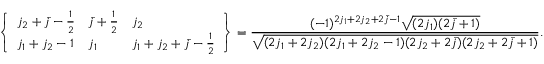
\left\{ \begin{array} { l l l } { j _ { 2 } + \bar { j } - \frac { 1 } { 2 } } & { \bar { j } + \frac { 1 } { 2 } } & { j _ { 2 } } \\ { j _ { 1 } + j _ { 2 } - 1 } & { j _ { 1 } } & { j _ { 1 } + j _ { 2 } + \bar { j } - \frac { 1 } { 2 } } \end{array} \right\} = \frac { ( - 1 ) ^ { 2 j _ { 1 } + 2 j _ { 2 } + 2 \bar { j } - 1 } \sqrt { ( 2 j _ { 1 } ) ( 2 \bar { j } + 1 ) } } { \sqrt { ( 2 j _ { 1 } + 2 j _ { 2 } ) ( 2 j _ { 1 } + 2 j _ { 2 } - 1 ) ( 2 j _ { 2 } + 2 \bar { j } ) ( 2 j _ { 2 } + 2 \bar { j } + 1 ) } } .